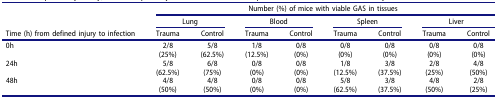
<table><thead><tr><td><b> </b></td><td colspan="8"><b>Number (%) of mice with viable GAS in tissues</b></td></tr><tr><td><b> </b></td><td colspan="2"><b>Lung</b></td><td colspan="2"><b>Blood</b></td><td colspan="2"><b>Spleen</b></td><td colspan="2"><b>Liver</b></td></tr><tr><td><b>Time (h) from defined injury to infection</b></td><td><b>Trauma</b></td><td><b>Control</b></td><td><b>Trauma</b></td><td><b>Control</b></td><td><b>Trauma</b></td><td><b>Control</b></td><td><b>Trauma</b></td><td><b>Control</b></td></tr></thead><tbody><tr><td>0h</td><td>2/8(25%)</td><td>5/8(62.5%)</td><td>1/8(12.5%)</td><td>0/8(0%)</td><td>0/8(0%)</td><td>0/8(0%)</td><td>0/8(0%)</td><td>0/8(0%)</td></tr><tr><td>24h</td><td>5/8(62.5%)</td><td>6/8(75%)</td><td>0/8(0%)</td><td>0/8(0%)</td><td>1/8(12.5%)</td><td>3/8(37.5%)</td><td>2/8(25%)</td><td>4/8(50%)</td></tr><tr><td>48h</td><td>4/8(50%)</td><td>4/8(50%)</td><td>0/8(0%)</td><td>0/8(0%)</td><td>5/8(62.5%)</td><td>3/8(37.5%)</td><td>4/8(50%)</td><td>2/8(25%)</td></tr></tbody></table>